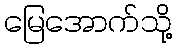
မြေအောက်သို့